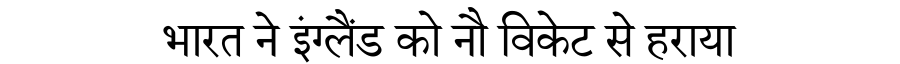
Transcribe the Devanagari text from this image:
भारत ने इंग्लैंड को नौ विकेट से हराया